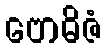
ဗောဓိဇံ